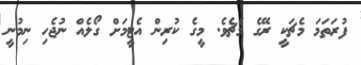
ފުރަތަމަ މެޗަކީ ރޭގެ މެޗެވެ. މީގެ ކުރިން އެޓީމަށް ގޯލެއް ނުޖެހި ނިމުނީ